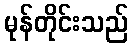
မုန်တိုင်းသည်